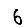
Digit: 6